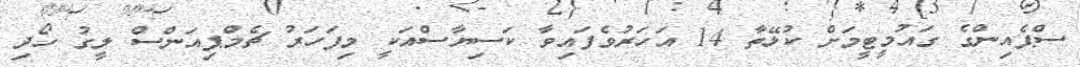
ސްޕެއިންގެ ގައުމީޓީމަށް ކުޅޭތާ 14 އަހަރުވެފައިވާ ކަސިޔާސްއަކީ މިފަހަރު ޗެމްޕިއަންސް ލީގު ހޯދި